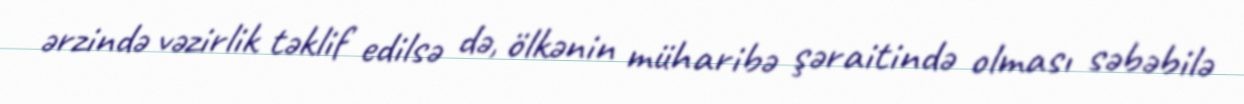
ərzində vəzirlik təklif edilsə də, ölkənin müharibə şəraitində olması səbəbilə